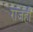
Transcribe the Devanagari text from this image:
राजेही